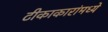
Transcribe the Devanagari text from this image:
टीकाकारांमध्ये